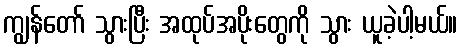
ကျွန်တော် သွားပြီး အထုပ်အပိုးတွေကို သွား ယူခဲ့ပါ့မယ်။